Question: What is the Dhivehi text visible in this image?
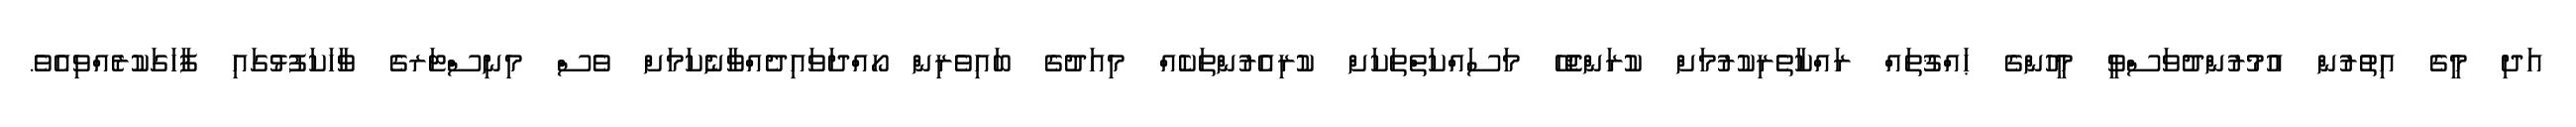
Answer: އަދި މީގެ އިތުރުން އުމުރުންދުވަސްވީ މީހުންގެ ޙައްޤުތައް ރައްކާތެރިކުރުމަށް ކުރަންޖެހޭ މަސައްކަތްތަކަށް ކުރިއެރުންތަކެއް މިއަދުގެ ބައިވެރިން ހޯއްދަވައިދެއްވާނެކަމަށް ވެސް މިނިސްޓަރގެ ވާހަކަފުޅުގައި ފާހަގަކުރެއްވިއެވެ.